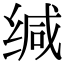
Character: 缄